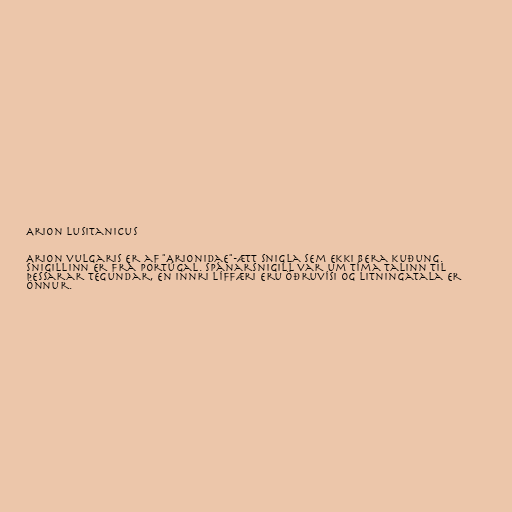
Arion lusitanicus

Arion vulgaris er af "Arionidae"-ætt snigla sem ekki bera kuðung.
Snigillinn er frá Portúgal. Spánarsnigill var um tíma talinn til
þessarar tegundar, en innri líffæri eru öðruvísi og litningatala er
önnur.